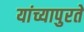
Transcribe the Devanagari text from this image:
यांच्यापुरते